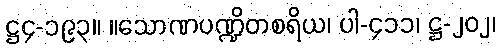
ဋ္ဌ၄-၁၉၃။ ။သောဏပဏ္ဍိတစရိယ၊ ပါ-၄၁၁၊ ဋ္ဌ-၂၀၂၊